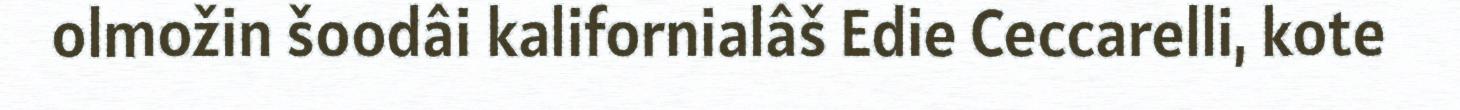
olmožin šoodâi kalifornialâš Edie Ceccarelli, kote